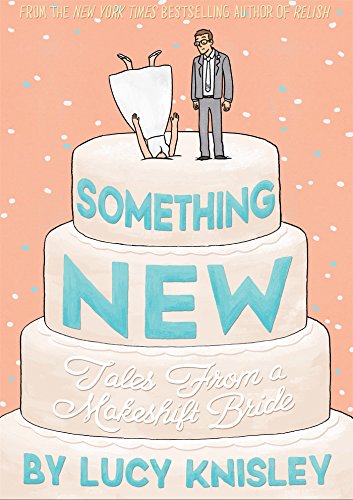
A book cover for Something New: Tales from a Makeshift Bride; Lucy Knisley; Comics & Graphic Novels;